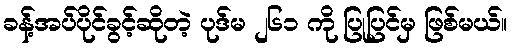
ခန့်အပ်ပိုင်ခွင့်ဆိုတဲ့ ပုဒ်မ ၂၆၁ ကို ပြုပြင်မှ ဖြစ်မယ်။